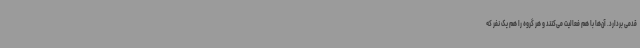
قدمی بردارد. آن‌ها با هم فعالیت می‌کنند و هر گروه را هم یک نفر که